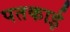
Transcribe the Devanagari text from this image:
पतकाई